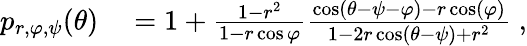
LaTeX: \begin{array}{rl}{p_{r,\varphi,\psi}(\theta)}&{{}=1+\frac{1-r^{2}}{1-r\cos\varphi}\frac{\cos(\theta-\psi-\varphi)-r\cos(\varphi)}{1-2r\cos(\theta-\psi)+r^{2}}\; ,}\end{array}